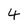
Character: 4